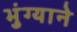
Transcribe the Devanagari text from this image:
भुंग्याने